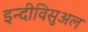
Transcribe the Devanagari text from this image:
इन्दीविसुअल